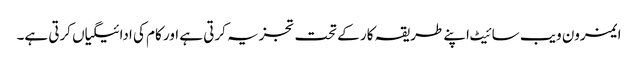
ایمزون ویب سائیٹ اپنے طریقہ کار کے تحت تجزیہ کرتی ہے اور کام کی ادائیگیاں کرتی ہے۔